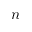
n